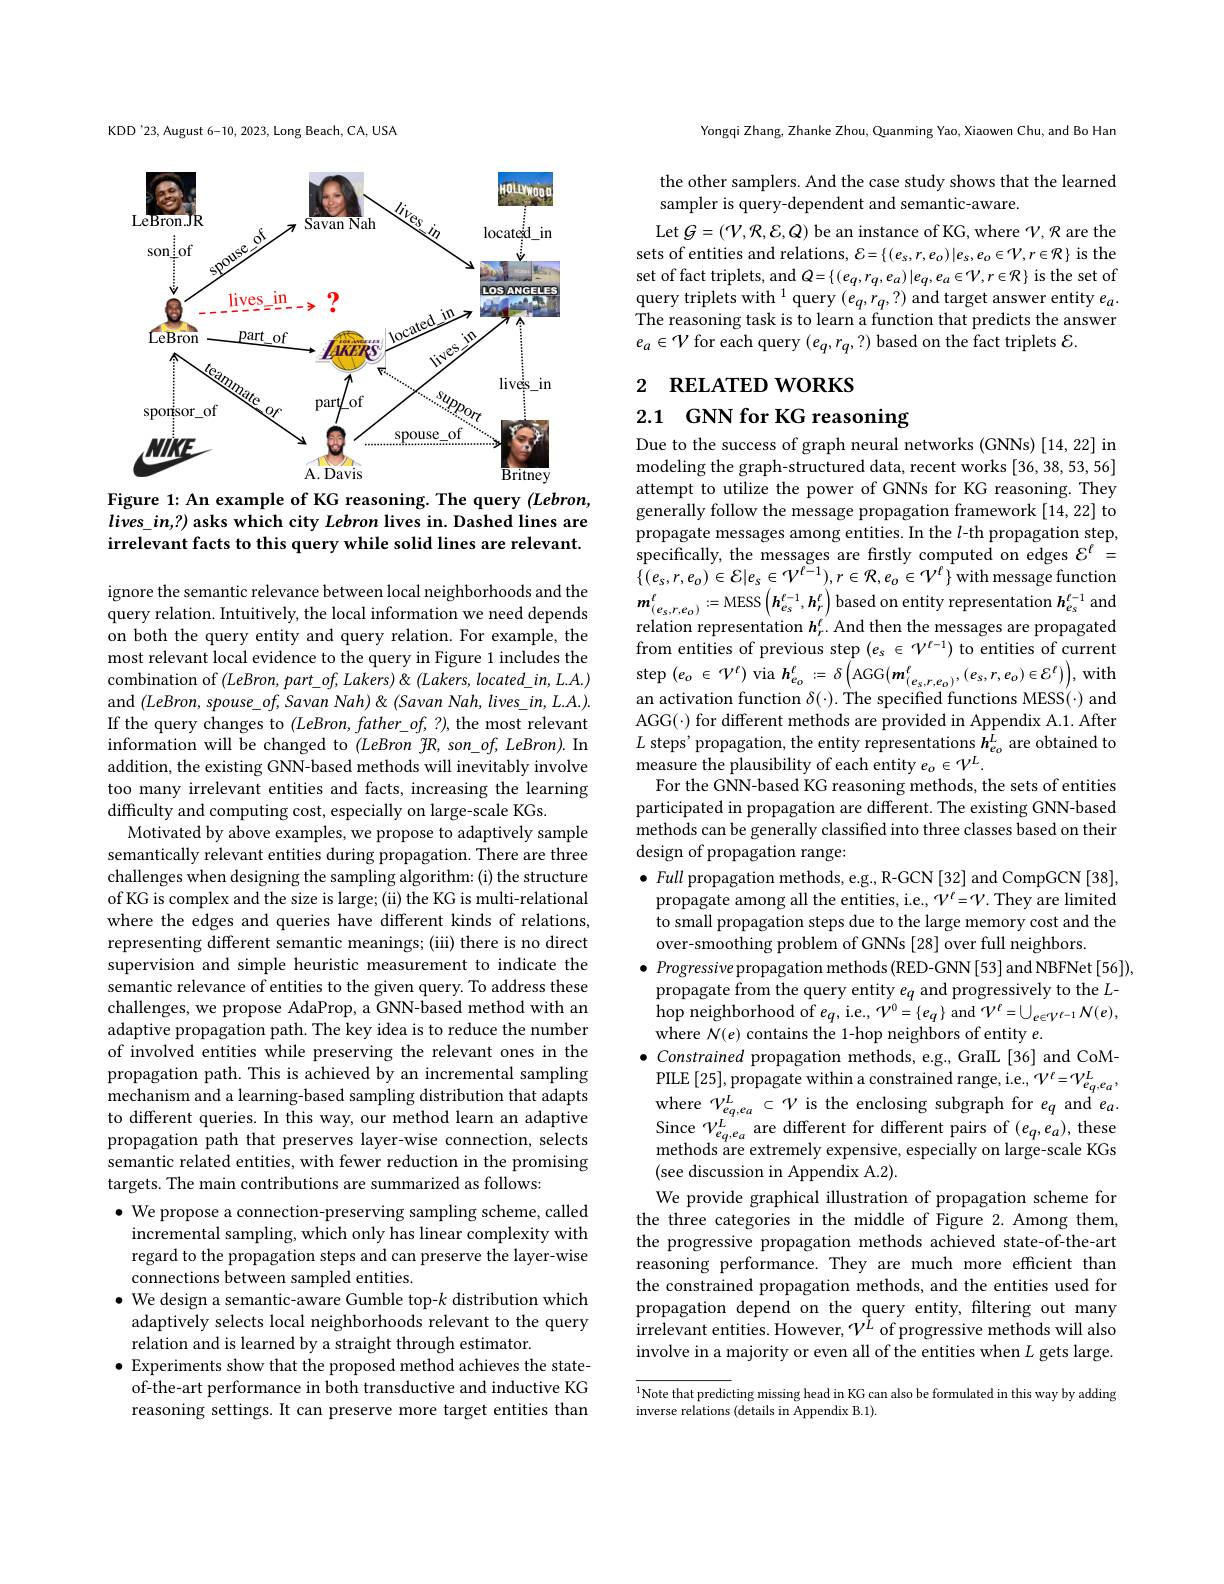
KDD'23, August 6-10, 2023, Long Beach, CA, USA

<FigureHere>

Figure 1: An example of KG reasoning. The query (Lebron, $lives\_in,?)$ asks which city Lebron lives in. Dashed lines are irrelevant facts to this query while solid lines are relevant.

ignore the semantic relevance between local neighborhoods and the query relation. Intuitively, the local information we need depends on both the query entity and query relation. For example, the most relevant local evidence to the query in Figure 1 includes the combination of $(LeBron,part\_of,Lakers)\&$ $located\_in,L.A.)$ and $(LeBron,spouse\_of,Savan$ Nah) & (Savan Nah, lives\_in, L.A.). If the query changes to $(LeBron,father\_of,?)$, the most relevant information will be changed to $(LeBron$ $fR,son\_of,LeBron).$ In addition, the existing GNN-based methods will inevitably involve too many irrelevant entities and facts, increasing the learning difficulty and computing cost, especially on large-scale KGs.
Motivated by above examples, we propose to adaptively sample semantically relevant entities during propagation. There are three challenges when designing the sampling algorithm: (i) the structure of KG is complex and the size is large; (ii) the KG is multi-relational where the edges and queries have different kinds of relations, representing different semantic meanings; (iii) there is no direct supervision and simple heuristic measurement to indicate the semantic relevance of entities to the given query. To address these challenges, we propose AdaProp, a GNN-based method with an adaptive propagation path. The key idea is to reduce the number of involved entities while preserving the relevant ones in the propagation path. This is achieved by an incremental sampling mechanism and a learning-based sampling distribution that adapts to different queries. In this way, our method learn an adaptive propagation path that preserves layer-wise connection, selects semantic related entities, with fewer reduction in the promising targets. The main contributions are summarized as follows:
$\bullet$ We propose a connection-preserving sampling scheme, called incremental sampling, which only has linear complexity with regard to the propagation steps and can preserve the layer-wise connections between sampled entities.
$\bullet$ We design a semantic-aware Gumble top-$k$ distribution which adaptively selects local neighborhoods relevant to the query relation and is learned by a straight through estimator.
$\bullet$ Experiments show that the proposed method achieves the stateof-the-art performance in both transductive and inductive KG reasoning settings. It can preserve more target entities than

Yongqi Zhang, Zhanke Zhou, Quanming Yao, Xiaowen Chu, and Bo Han

the other samplers. And the case study shows that the learned
sampler is query-dependent and semantic-aware.

Let $G=(\mathcal{V},\mathcal{R},\mathcal{E},Q)$ be an instance of KG, where $\mathcal{V},\mathcal{R}$ are the sets of entities and relations, $\mathcal{E}=\{(e_s,r,e_0)|e_s,e_o\in\mathcal{V},r\in\mathcal{R}\}$ is the set of fact triplets, and $Q=\{(e_q,r_q,e_a)|e_q,e_a\in\mathcal{V},r\in\mathcal{R}\}$ is the set of query triplets with $^1$ query $(e_q,r_q,?)$ and target answer entity $e_a.$ The reasoning task is to learn a function that predicts the answer $e_a\in\mathcal{V}$ for each query $(e_q,r_q,?)$ based on the fact triplets $\mathcal{E}.$

# 2 RELATED WORKS

2.1 GNN for KG reasoning

Due to the success of graph neural networks (GNNs) [14,22] in modeling the graph-structured data, recent works [36, 38, 53, 56] attempt to utilize the power of GNNs for KG reasoning. They $\hat{\text{generally follow the message propagation framework[14,22] to}}$ propagate messages among entities. In the $l$-th propagation step, specifically, the messages are firstly computed on edges $\mathcal{E}^\ell=$ $\{(e_{s},r,e_{0})\in\mathcal{E}|e_{s}\in\mathcal{V}^{\ell-1}),r\in\mathcal{R},e_{o}\in\mathcal{V}^{\ell}\}$with message function $m_{(e_{s},r,e_{o})}^{l}:=$MESS$\left(\boldsymbol h_{e_{s}}^{t-1},\boldsymbol{h}_{r}^{t}\right)$based on entity representation $h_e_s^{t-1}$ and relation representation $h_r^\ell.$ And then the messages are propagated from entities of previous step $(e_s\in\mathcal{V}^{\ell-1})$ to entities of current $\operatorname{step}\left(e_{o}\in\mathcal{V}^{t}\right)\operatorname{via}\boldsymbol{h}_{e_{o}}^{l}:=\delta\left(\operatorname{AGG}(\boldsymbol{m}_{(e_{s},r,e_{o})}^{l},(e_{s},r,e_{o})\in\mathcal{E}^{t})\right)$,with an activation function $\delta(\cdot).$ The specified functions MESS(·) and $AGG(\cdot) for different methods are provided in Appendix A.1. After$ $L$ steps' propagation, the entity representations $h_{e_o}^L$ are obtained to $\operatorname*{measure~the~plausibility~of~each~entity~}e_{o}\in\mathcal{V}^{L}.$
For the GNN-based KG reasoning methods, the sets of entities participated in propagation are different. The existing GNN-based methods can be generally classified into three classes based on their design of propagation range:
$\bullet$ Full propagation methods, e.g., R-GCN[32] and CompGCN[38] propagate among all the entities, i.e., $\mathcal{V}^{\ell}=\mathcal{V}.$ They are limited to small propagation steps due to the large memory cost and the over-smoothing problem of GNNs [28] over full neighbors
$\bullet$ Progressive propagation methods(RED-GNN[53] and NBFNet[56]), propagate from the query entity $e_q$ and progressively to the $L$- hop neighborhood of $e_{q}$,i.e., $V^0=\{e_{q}\}$ and $V^l=\cup_{e\in\mathcal{V}^{\ell-1}}N(e)$, where $N(e)$ contains the 1-hop neighbors of entity $e.$
$\bullet$ Constrained propagation methods, e.g., GraIL[36] and CoM-
$\operatorname{PILE}\left[25\right],\operatorname{propagate~within~a~constrained~range,~i.e.,~}\mathcal{V}^{l}=\mathcal{V}_{e_{q},e_{a}}^{L}$, where $\mathcal{V}_{eq,e_{a}}^{L}\subset\mathcal{V}$ is the enclosing subgraph for $e_q$ and $e_a.$ $\begin{array}{l}{\mathrm{Since~}V_{e_{q,e_{a}}}^{L}\text{are different for different pairs of }(e_{q},e_{a}),\mathrm{these}}\\{\mathrm{methods~are~extremely~expensive,~especially~on~large-scale~KGs}}\end{array}$ (see discussion in Appendix A.2).
We provide graphical illustration of propagation scheme for the three categories in the middle of Figure 2.Among them, the progressive propagation methods achieved state-of-the-art reasoning performance. They are much more efficient than the constrained propagation methods, and the entities used for propagation depend on the query entity, filtering out many $i$rrelevant entities. However, $\mathcal{V}^{\tilde{L}}$ of progressive methods will also involve in a majority or even all of the entities when $L$ gets large. $^{1}$Note that predicting missing head in KG can also be formulated in this way by adding

inverse relations (details in Appendix B.1).